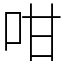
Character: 咁